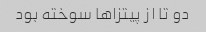
دو تا از پیتزاها سوخته بود